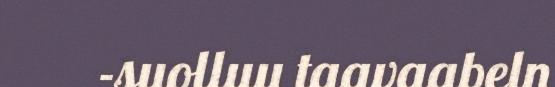
-suolluu taavaabeln